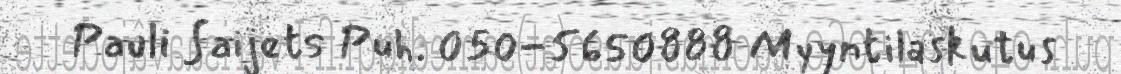
Pauli Saijets Puh. 050-5650888 Myyntilaskutus